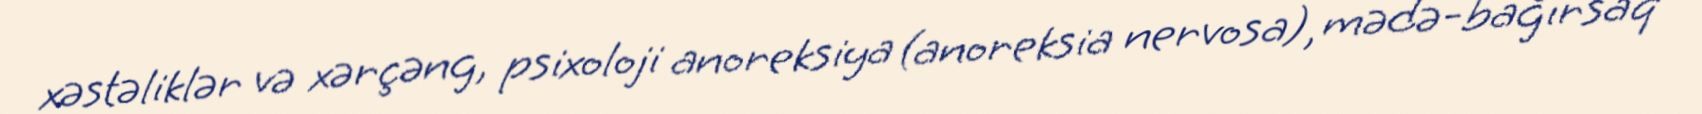
xəstəliklər və xərçəng, psixoloji anoreksiya (anoreksia nervosa), mədə-bağırsaq